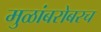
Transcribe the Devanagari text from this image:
मुळांबरोबरच